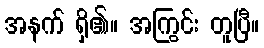
အနက် ရှိ၏။ အကြွင်း တူပြီ။